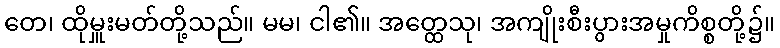
တေ၊ ထိုမှူးမတ်တို့သည်။ မမ၊ ငါ၏။ အတ္ထေသု၊ အကျိုးစီးပွားအမှုကိစ္စတို့၌။